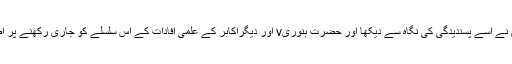
متعدد اہلِ علم نے اُسے پسندیدگی کی نگاہ سے دیکھا اور حضرت بنوریv اور دیگراکابر کے علمی افادات کے اس سلسلے کو جاری رکھنے پر اصرار فرمایا۔